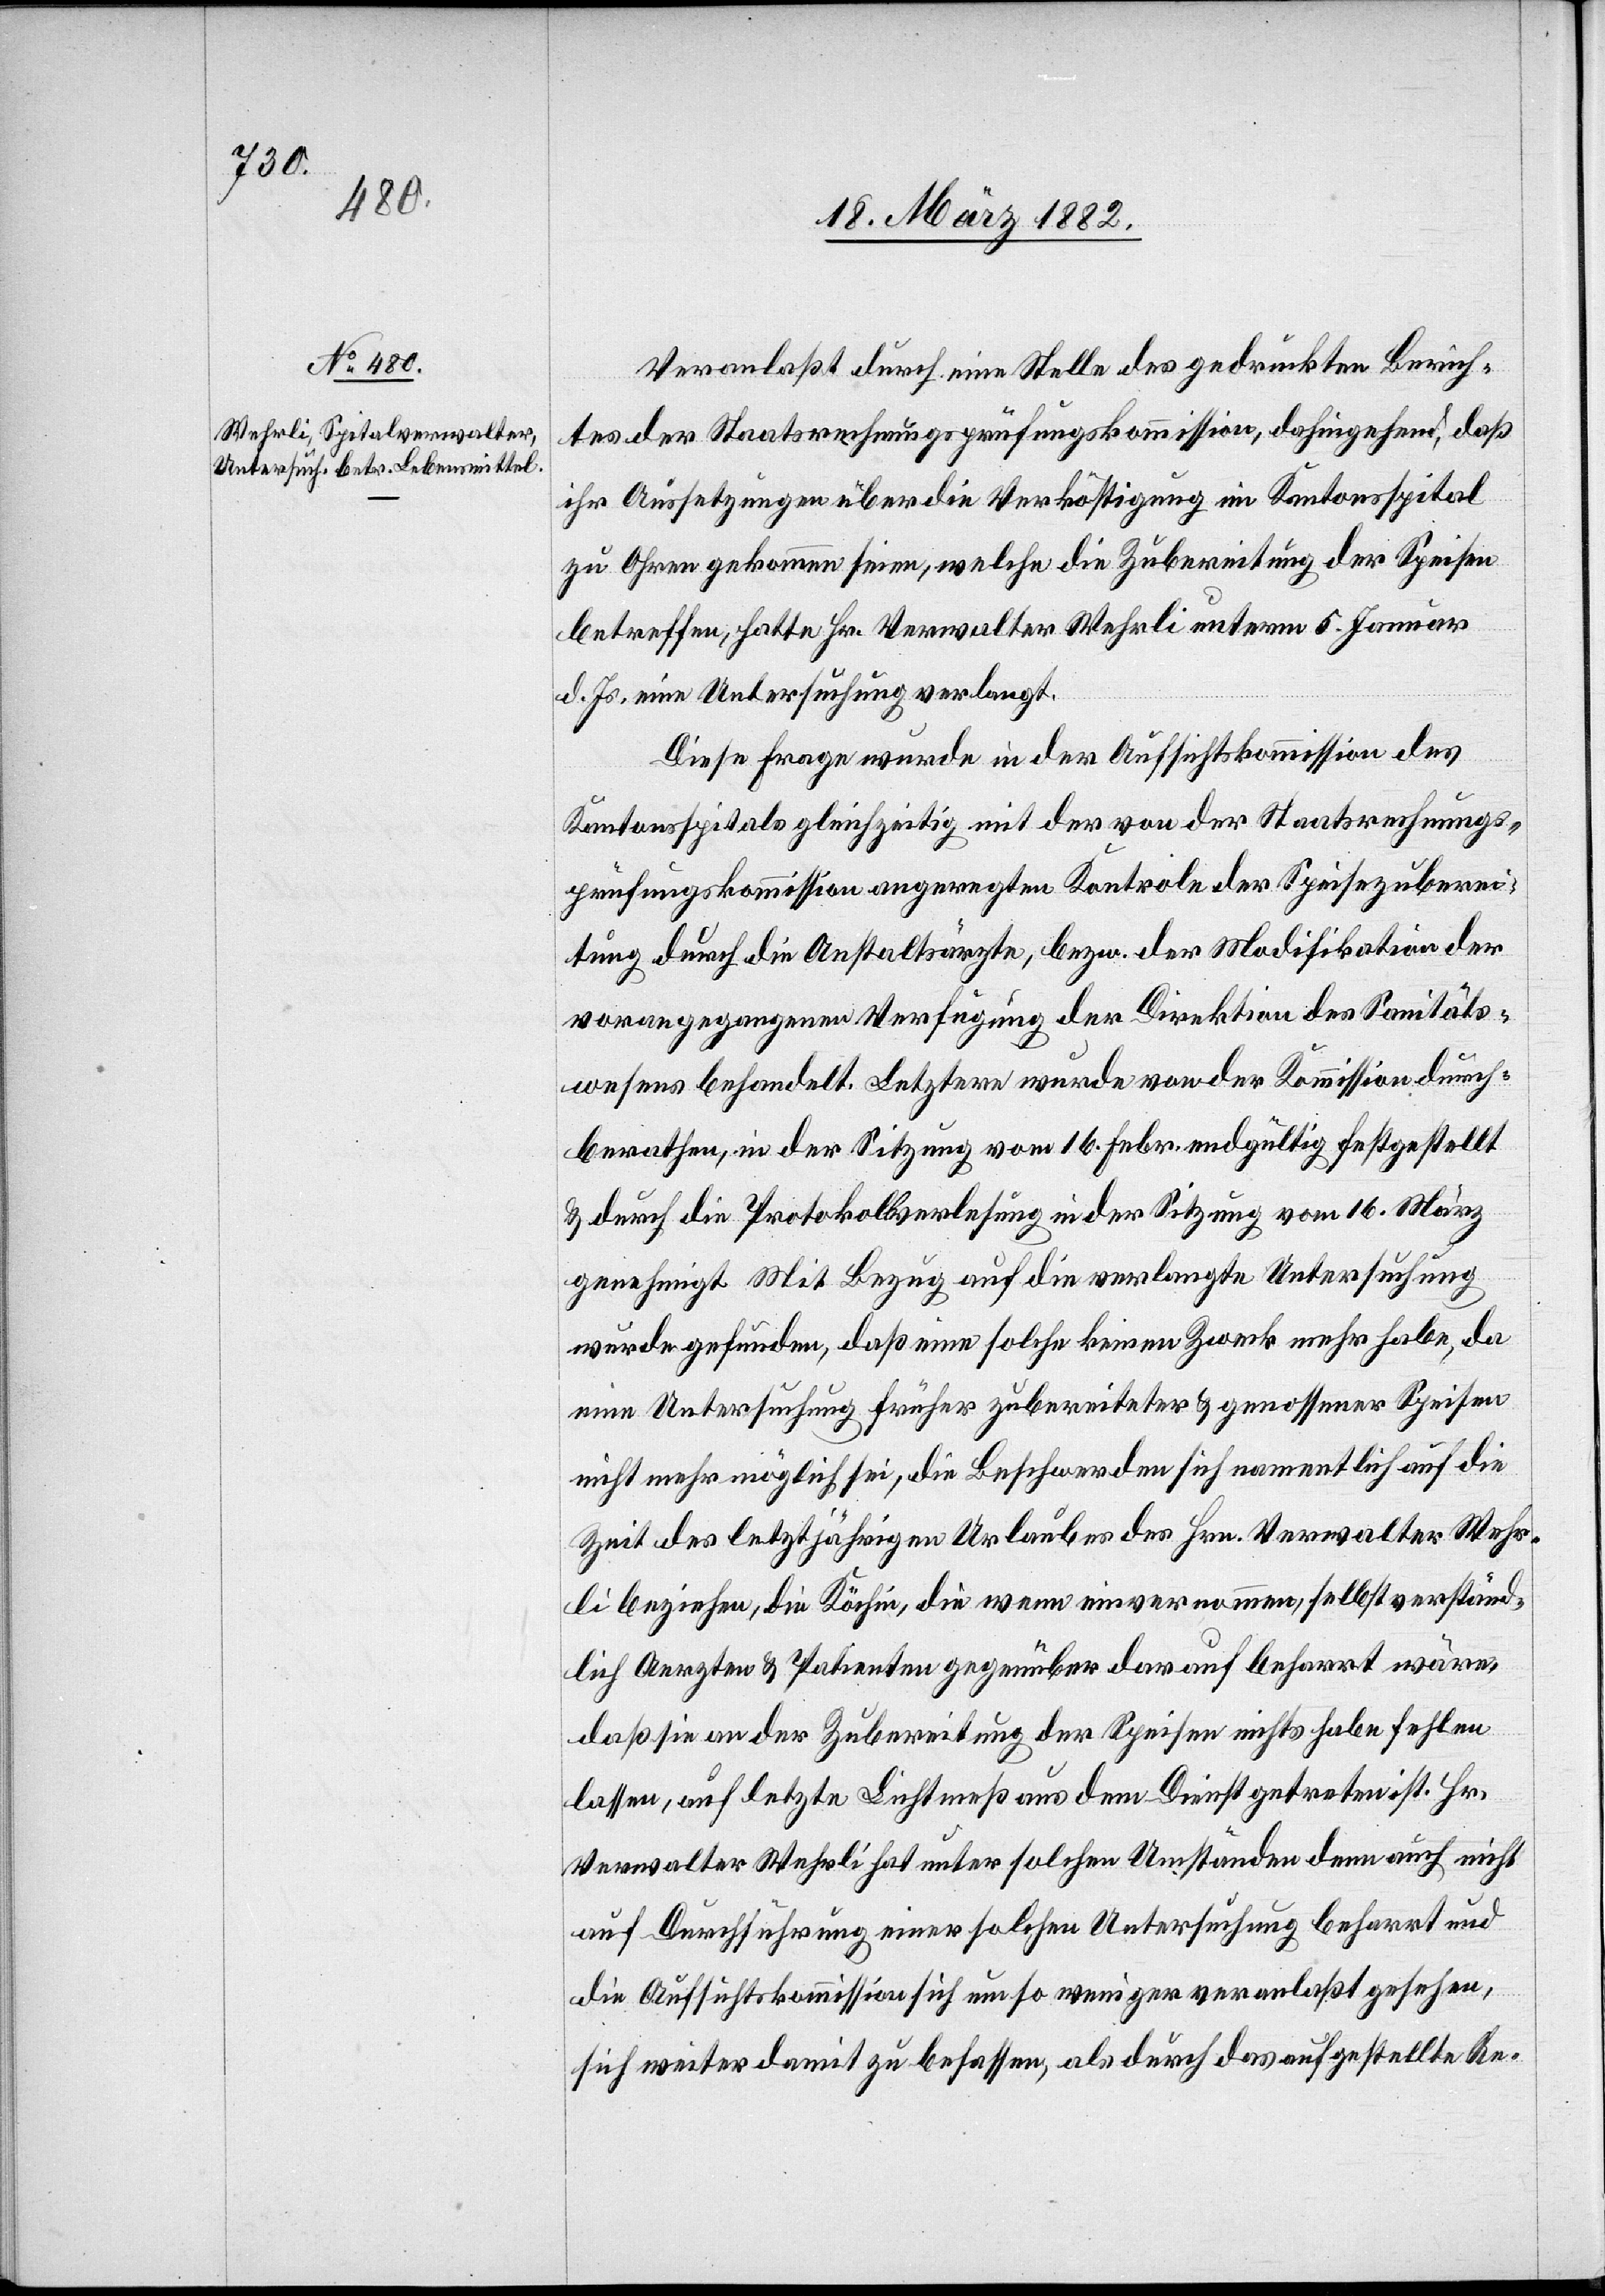
Veranlaßt durch eine Stelle des gedruckten Berich¬
tes der Staatsrechnungsprüfungskommission, dahingehend, daß
ihr Aussetzungen über die Verköstigung im Kantonsspital
zu Ohren gekommen seien, welche die Zubereitung der Speisen
betreffen, hatte Hr. Verwalter Wehrli unterm 5 Januar
d. Js. eine Untersuchung verlangt.
Diese Frage wurde in der Aufsichtskommission des
Kantonsspitals gleichzeitig mit den von der Staatsrechnungs¬
prüfungskommission angeregten Kontrolen der Speisezuberei¬
tung durch die Anstaltsärzte, bezw. der Modifikation der
vorangegangenen Verfügung der Direktion des Sanitäts¬
wesens behandelt. Letztere wurde von der Kommission durch¬
berathen, in der Sitzung vom 16. Febr. endgültig festgestellt
& durch die Protokollsverlesung in der Sitzung vom 16. März
genehmigt. Mit Bezug auf die verlangte Untersuchung
wurde gefunden, daß eine solche keinen Zweck mehr habe, da
eine Untersuchung früher zubereiteter & genossener Speisen
nicht mehr möglich sei, die Beschwerde sich namentlich auf die
Zeit des letztjährigen Urlaubes des Hrn. Verwalter Wehr¬
li beziehe, die Köchin, die wenn einvernommen, selbstverständ¬
lich Aerzte & Patienten gegenüber darauf beharrt wäre,
daß sie an der Zubereitung der Speisen nichts habe fehlen
lassen, auf letzte Lichtmeß aus dem Dienst getreten ist. Hr.
Verwalter Wehrli hat unter solchen Umständen denn auch nicht
auf Durchführung einer solchen Untersuchung beharrt und
die Aufsichtskommission sich um so weniger veranlaßt gesehen,
sich weiter damit zu belassen, als durch das aufgestellte Re-